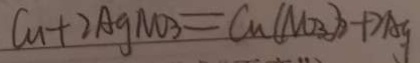
C u + 2 A g N O _ { 3 } = C u ( N O _ { 3 } ) _ { 2 } + 2 A g